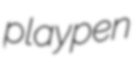
playpen